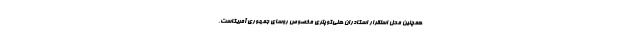
همچنین محل استقرار اسکادران هلی‌کوپتری مخصوص روسای جمهوری آمریکاست.